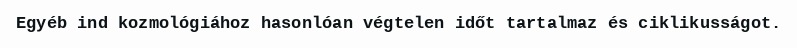
Egyéb ind kozmológiához hasonlóan végtelen időt tartalmaz és ciklikusságot.